Source: Handwritten
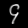
Digit: ၄ (4)